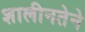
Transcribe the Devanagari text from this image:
शालीनतेने